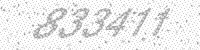
Solution: 833411